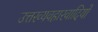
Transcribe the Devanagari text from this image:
उत्तरव्यवहारवादियों